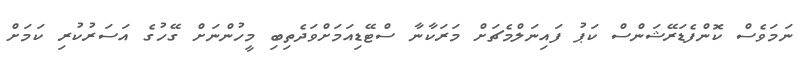
ނަމަވެސް ކޮންފެޑަރޭޝަންސް ކަޕު ފައިނަލްމެޗަށް މަރަކާނާ ސްޓޭޑިއަމަށްވަދެތިބި މީހުންނަށް ގޭހުގެ އަސަރުކުރި ކަމަށް